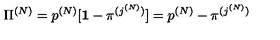
{ \Pi } ^ { ( N ) } = p ^ { ( N ) } [ { \bf 1 } - { \pi } ^ { ( j ^ { ( N ) } ) } ] = p ^ { ( N ) } - { \pi } ^ { ( j ^ { ( N ) } ) }